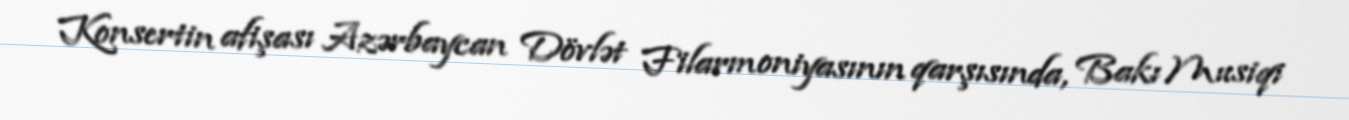
Konsertin afişası Azərbaycan Dövlət Filarmoniyasının qarşısında, Bakı Musiqi